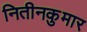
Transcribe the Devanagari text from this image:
नितीनकुमार